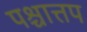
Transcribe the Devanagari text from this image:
पश्चात्तप